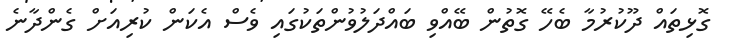
ގޮޅިތައް ދޫކުރުމާ ބެހޭ ގޮތުން ބޭއްވި ބައްދަލުވުންތަކުގައި ވެސް އެކަން ކުރިއަށް ގެންދާނެ